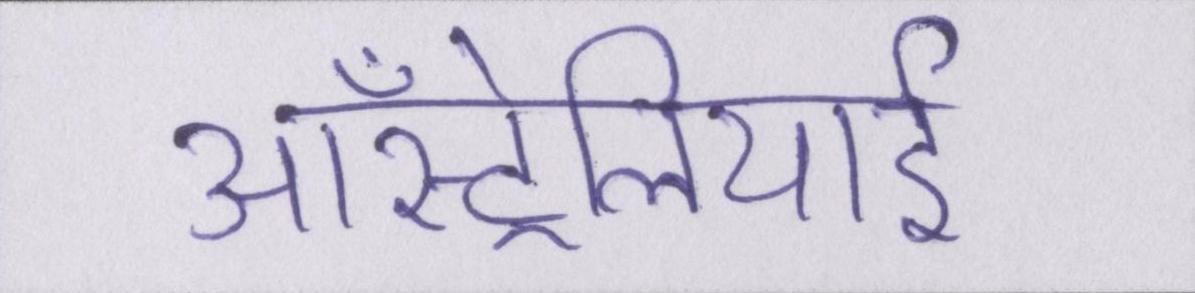
ऑस्ट्रेलियाई